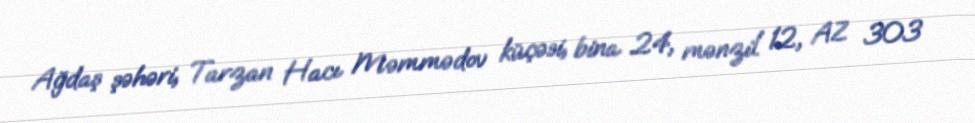
Ağdaş şəhəri, Tarzan Hacı Məmmədov küçəsi, bina 24, mənzil 12, AZ 303